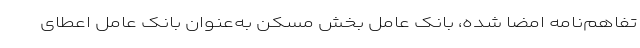
تفاهم‌نامه امضا شده، بانک عامل بخش مسکن به‌عنوان بانک عامل اعطای